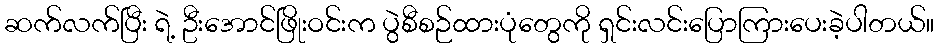
ဆက်လက်ပြီး ရဲ့ ဦးအောင်ဖြိုးဝင်းက ပွဲစီစဉ်ထားပုံတွေကို ရှင်းလင်းပြောကြားပေးခဲ့ပါတယ်။